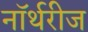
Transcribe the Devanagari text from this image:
नॉर्थरीज